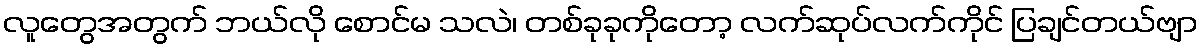
လူတွေအတွက် ဘယ်လို စောင်မ သလဲ၊ တစ်ခုခုကိုတော့ လက်ဆုပ်လက်ကိုင် ပြချင်တယ်ဗျာ